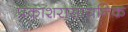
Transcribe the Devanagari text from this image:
प्रकाशरासायनिक